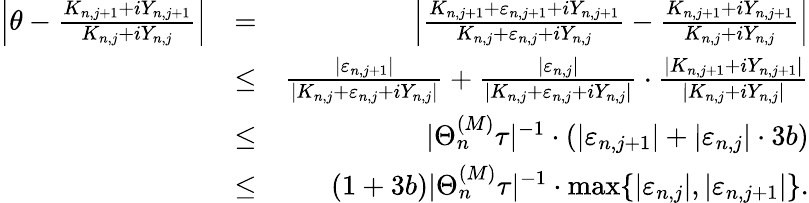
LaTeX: \begin{array}{rlr}{\left|\theta-\frac{K_{n,j+1}+iY_{n,j+1}}{K_{n,j}+iY_{n,j}}\right|}&{=}&{\left|\frac{K_{n,j+1}+\varepsilon_{n,j+1}+iY_{n,j+1}}{K_{n,j}+\varepsilon_{n,j}+iY_{n,j}}-\frac{K_{n,j+1}+iY_{n,j+1}}{K_{n,j}+iY_{n,j}}\right|}\\ &{\le}&{\frac{|\varepsilon_{n,j+1}|}{|K_{n,j}+\varepsilon_{n,j}+iY_{n,j}|}+\frac{|\varepsilon_{n,j}|}{|K_{n,j}+\varepsilon_{n,j}+iY_{n,j}|}\cdot\frac{|K_{n,j+1}+iY_{n,j+1}|}{|K_{n,j}+iY_{n,j}|}}\\ &{\le}&{|\Theta_{n}^{(M)}\tau|^{-1}\cdot(|\varepsilon_{n,j+1}|+|\varepsilon_{n,j}|\cdot 3b)}\\ &{\le}&{(1+3b)|\Theta_{n}^{(M)}\tau|^{-1}\cdot\operatorname*{max}\{ |\varepsilon_{n,j}|,|\varepsilon_{n,j+1}|\} .}\end{array}